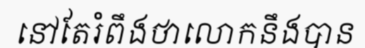
នៅតែរំពឹងថាលោកនឹងបាន